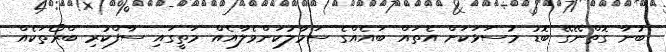
ބުނާ ގޮތްނޭގޭ ބޮޑު މުސަޅަކަށް އެތައް ބައެއްގެ ސަމާލުކަންވެލާއެއް މަތީގައި ސާފްކުރި ބްރޯތަކެއް